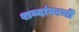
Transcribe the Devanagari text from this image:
शब्दांवरची